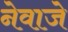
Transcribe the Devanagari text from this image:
नेवाजे